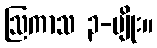
ဩကာသ ၃-မျိုး။